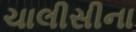
ચાલીસીના